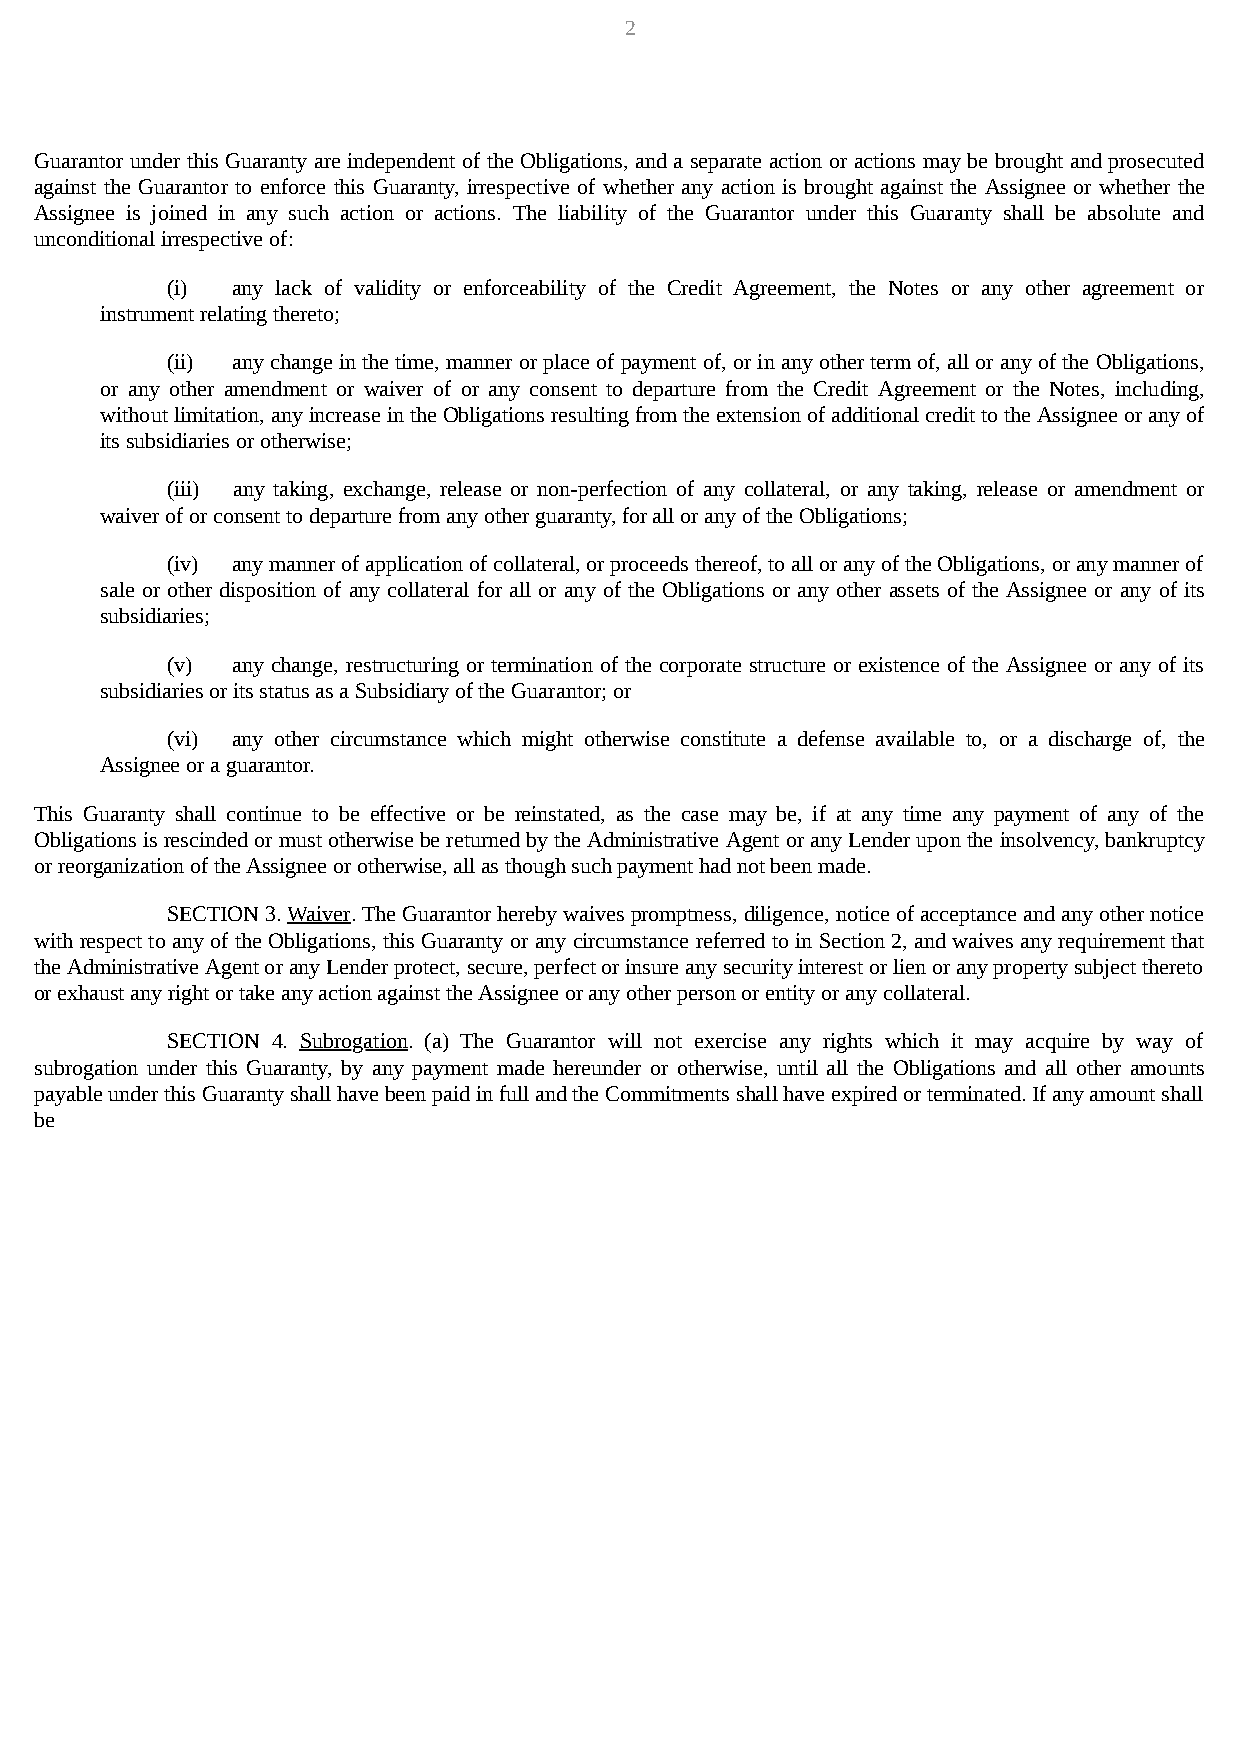
2
 Guarantor under this Guaranty are independent of the Obligations, and a separate action or actions may be brought and prosecuted
 against the Guarantor to enforce this Guaranty, irrespective of whether any action is brought against the Assignee or whether the
 Assignee is joined in any such action or actions. The liability of the Guarantor under this Guaranty shall be absolute and
 unconditional irrespective of:
 (i) any lack of validity or enforceability of the Credit Agreement, the Notes or any other agreement or
 instrument relating thereto;
 (ii) any change in the time, manner or place of payment of, or in any other term of, all or any of the Obligations,
 or any other amendment or waiver of or any consent to departure from the Credit Agreement or the Notes, including,
 without limitation, any increase in the Obligations resulting from the extension of additional credit to the Assignee or any of
 its subsidiaries or otherwise;
 (iii) any taking, exchange, release or non-perfection of any collateral, or any taking, release or amendment or
 waiver of or consent to departure from any other guaranty, for all or any of the Obligations;
 (iv) any manner of application of collateral, or proceeds thereof, to all or any of the Obligations, or any manner of
 sale or other disposition of any collateral for all or any of the Obligations or any other assets of the Assignee or any of its
 subsidiaries;
 (v) any change, restructuring or termination of the corporate structure or existence of the Assignee or any of its
 subsidiaries or its status as a Subsidiary of the Guarantor; or
 (vi) any other circumstance which might otherwise constitute a defense available to, or a discharge of, the
 Assignee or a guarantor.
 This Guaranty shall continue to be effective or be reinstated, as the case may be, if at any time any payment of any of the
 Obligations is rescinded or must otherwise be returned by the Administrative Agent or any Lender upon the insolvency, bankruptcy
 or reorganization of the Assignee or otherwise, all as though such payment had not been made.
 SECTION 3. Waiver. The Guarantor hereby waives promptness, diligence, notice of acceptance and any other notice
 with respect to any of the Obligations, this Guaranty or any circumstance referred to in Section 2, and waives any requirement that
 the Administrative Agent or any Lender protect, secure, perfect or insure any security interest or lien or any property subject thereto
 or exhaust any right or take any action against the Assignee or any other person or entity or any collateral.
 SECTION 4. Subrogation. (a) The Guarantor will not exercise any rights which it may acquire by way of
 subrogation under this Guaranty, by any payment made hereunder or otherwise, until all the Obligations and all other amounts
 payable under this Guaranty shall have been paid in full and the Commitments shall have expired or terminated. If any amount shall
 be